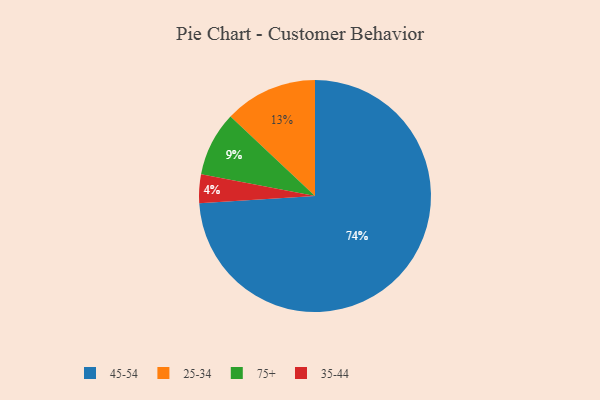
{"axis": {"x": "Category", "y": "Percentage"}, "legend": ["25-34", "35-44", "45-54", "75+"], "data": [{"x": "35-44", "y": 4, "type": "35-44"}, {"x": "25-34", "y": 13, "type": "25-34"}, {"x": "45-54", "y": 74, "type": "45-54"}, {"x": "75+", "y": 9, "type": "75+"}]}